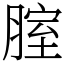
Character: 腟